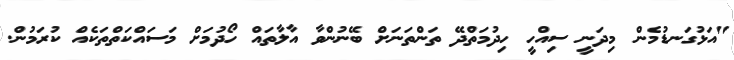
"އަޅުގަނޑުމެން މިދަނީ ސިއްހީ ހިދުމަތްދޭ ތަންތަނަށް ބޭނުންވާ އާލާތައް ހޯދުމަށް މަސައްކަތްތަކެއް ކުރަމުން.